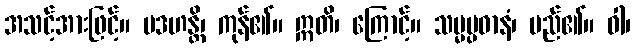
အသင့်အားဖြင့်။ ပဒဟန္တိ၊ ကုန်၏။ ဣတိ၊ ကြောင့်။ သမ္မပ္ပဓာနံ၊ မည်၏။ ဝါ၊